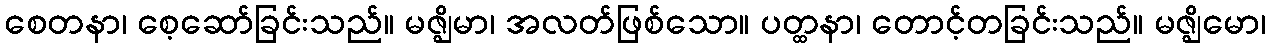
စေတနာ၊ စေ့ဆော်ခြင်းသည်။ မဇ္ဈိမာ၊ အလတ်ဖြစ်သော။ ပတ္ထနာ၊ တောင့်တခြင်းသည်။ မဇ္ဈိမော၊